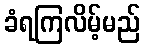
ခံရကြလိမ့်မည်